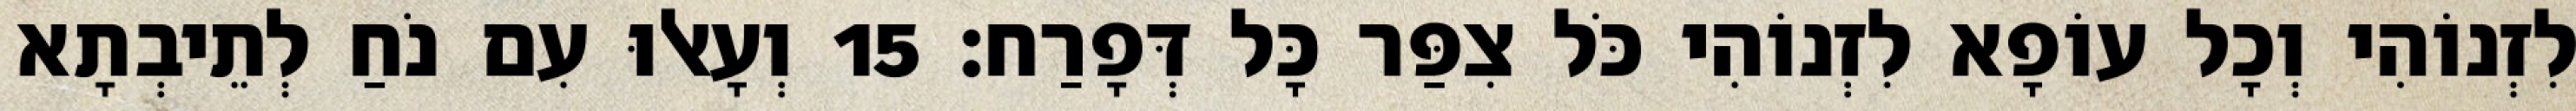
לִזְנוֹהִי וְכָל עוֹפָא לִזְנוֹהִי כֹּל צִפַּר כָּל דְּפָרַח׃ 15 וְעָאלוּ עִם נֹחַ לְתֵיבְתָא